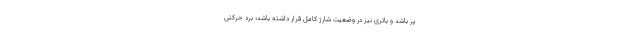
پر باشد و باتری نیز در وضعیت شارژ کامل قرار داشته باشد؛ برد حرکتی